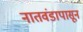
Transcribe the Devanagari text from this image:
नातवंडापासून